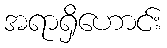
အရာရှိဟောင်း